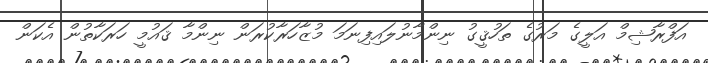
އަފްރާޝިމް އަލީގެ މަރުގެ ތަހުޤީގު ނިންމާނުލައިފިނަމަ މުޒާހަރާކުރަން ނިންމާ ޤައުމީ ހަރަކާތުން އެކަން